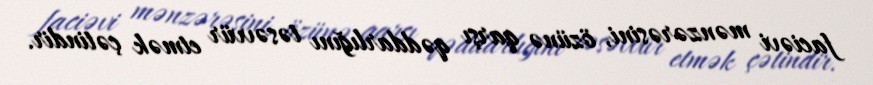
faciəvi mənzərəsini, özünə qarşı qəddarlığını təsəvvür etmək çətindir.